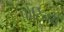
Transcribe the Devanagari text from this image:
पोर्टिनरी